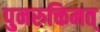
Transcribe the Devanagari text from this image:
पुनरुक्तिमत्